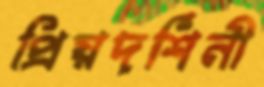
প্রিয়দর্শিনী